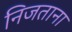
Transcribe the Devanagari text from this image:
निजताना